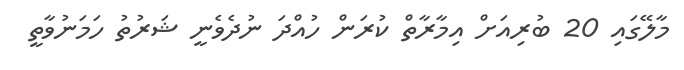
މާލޭގައި 20 ބުރިއަށް އިމާރާތް ކުރަން ހުއްދަ ނުދެވެނީ ޝަރުތު ހަމަނުވާތީ